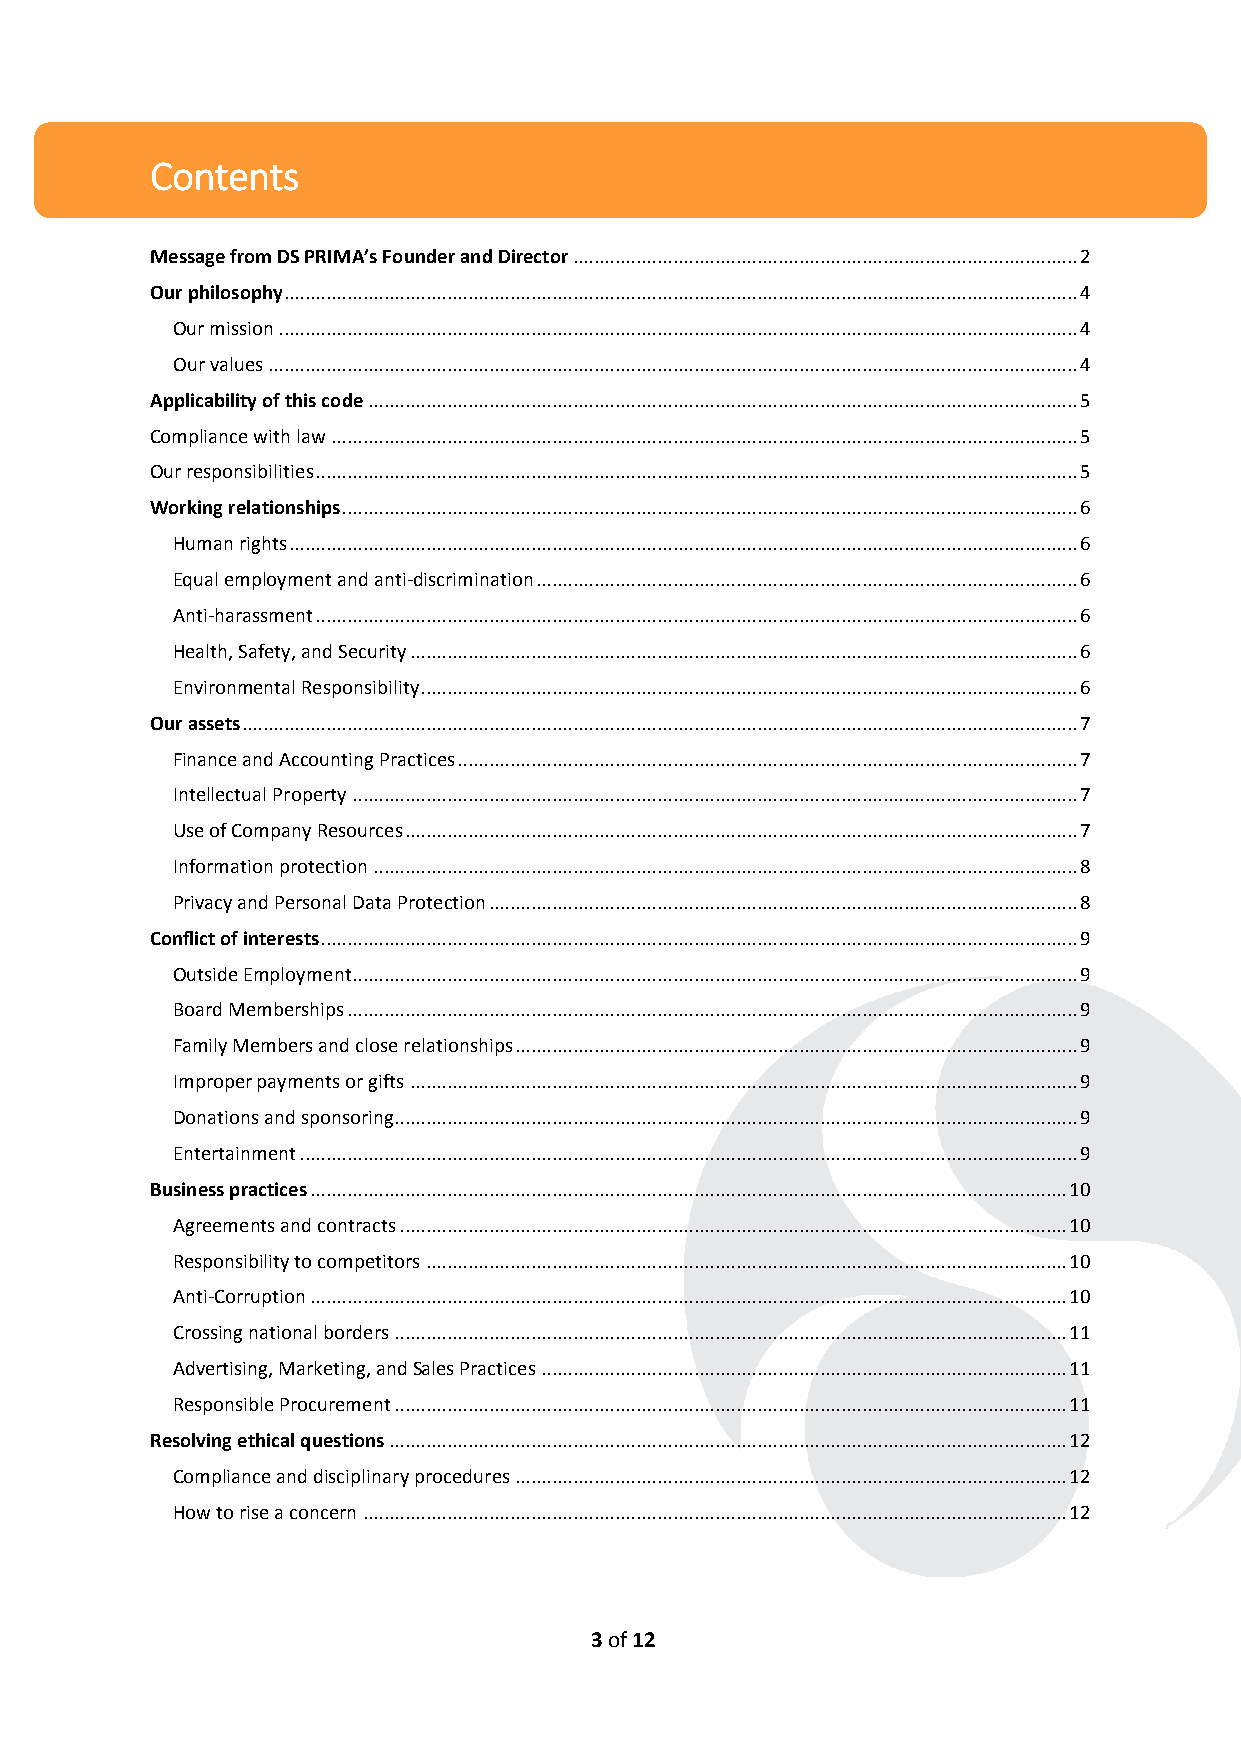
Contents
 Message from DS PRIMA’s Founder and Director ................................................................................................ 2
 Our philosophy ....................................................................................................................................................... 4
 Our mission ........................................................................................................................................................ 4
 Our values .......................................................................................................................................................... 4
 Applicability of this code ....................................................................................................................................... 5
 Compliance with law .............................................................................................................................................. 5
 Our responsibilities ................................................................................................................................................. 5
 Working relationships ............................................................................................................................................ 6
 Human rights ...................................................................................................................................................... 6
 Equal employment and anti-discrimination ....................................................................................................... 6
 Anti-harassment ................................................................................................................................................. 6
 Health, Safety, and Security ............................................................................................................................... 6
 Environmental Responsibility ............................................................................................................................. 6
 Our assets ............................................................................................................................................................... 7
 Finance and Accounting Practices ...................................................................................................................... 7
 Intellectual Property .......................................................................................................................................... 7
 Use of Company Resources ................................................................................................................................ 7
 Information protection ...................................................................................................................................... 8
 Privacy and Personal Data Protection ................................................................................................................ 8
 Conflict of interests ................................................................................................................................................ 9
 Outside Employment .......................................................................................................................................... 9
 Board Memberships ........................................................................................................................................... 9
 Family Members and close relationships ........................................................................................................... 9
 Improper payments or gifts ............................................................................................................................... 9
 Donations and sponsoring.................................................................................................................................. 9
 Entertainment .................................................................................................................................................... 9
 Business practices ................................................................................................................................................ 10
 Agreements and contracts ............................................................................................................................... 10
 Responsibility to competitors .......................................................................................................................... 10
 Anti-Corruption ................................................................................................................................................ 10
 Crossing national borders ................................................................................................................................ 11
 Advertising, Marketing, and Sales Practices .................................................................................................... 11
 Responsible Procurement ................................................................................................................................ 11
 Resolving ethical questions ................................................................................................................................. 12
 Compliance and disciplinary procedures ......................................................................................................... 12
 How to rise a concern ...................................................................................................................................... 12
 3 of 12